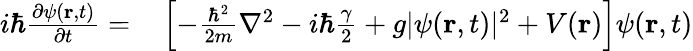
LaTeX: \begin{array}{rl}{i\hbar\frac{\partial\psi(\textbf{r},t)}{\partial t}=}&{{}\left[-\frac{\hbar^{2}}{2m}\nabla^{2}-i\hbar\frac{\gamma}{2}+g|\psi(\textbf{r},t)|^{2}+V(\textbf{r})\right]\psi(\textbf{r},t)}\end{array}